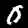
Label: 0